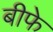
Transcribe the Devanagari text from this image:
बीफे